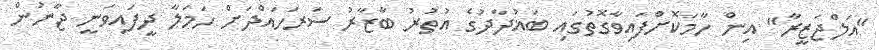
"އަލްޖަޒީރާ" އިން ހާމަކޮށްފައިވާގޮތުގައި ބަޣުދާދުގެ އުތުރު ބާޒާރު ސަރަހައްދަށް ހަމަލާ ދީފައިވަނީ ޖާނުން